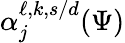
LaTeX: \alpha_{j}^{\ell,k,s/d}(\Psi)